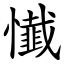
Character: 懴